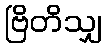
ဗြိတိသျှ